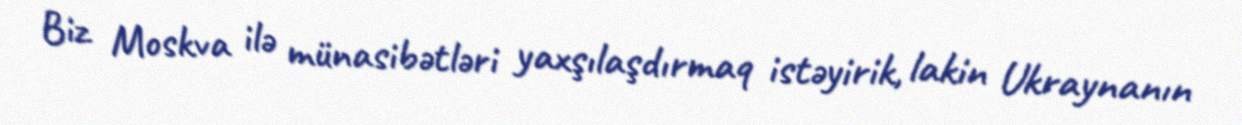
Biz Moskva ilə münasibətləri yaxşılaşdırmaq istəyirik, lakin Ukraynanın